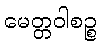
မေတ္တဝါစဉ္စ